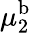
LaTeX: \mu_{2}^{\mathrm{b}}